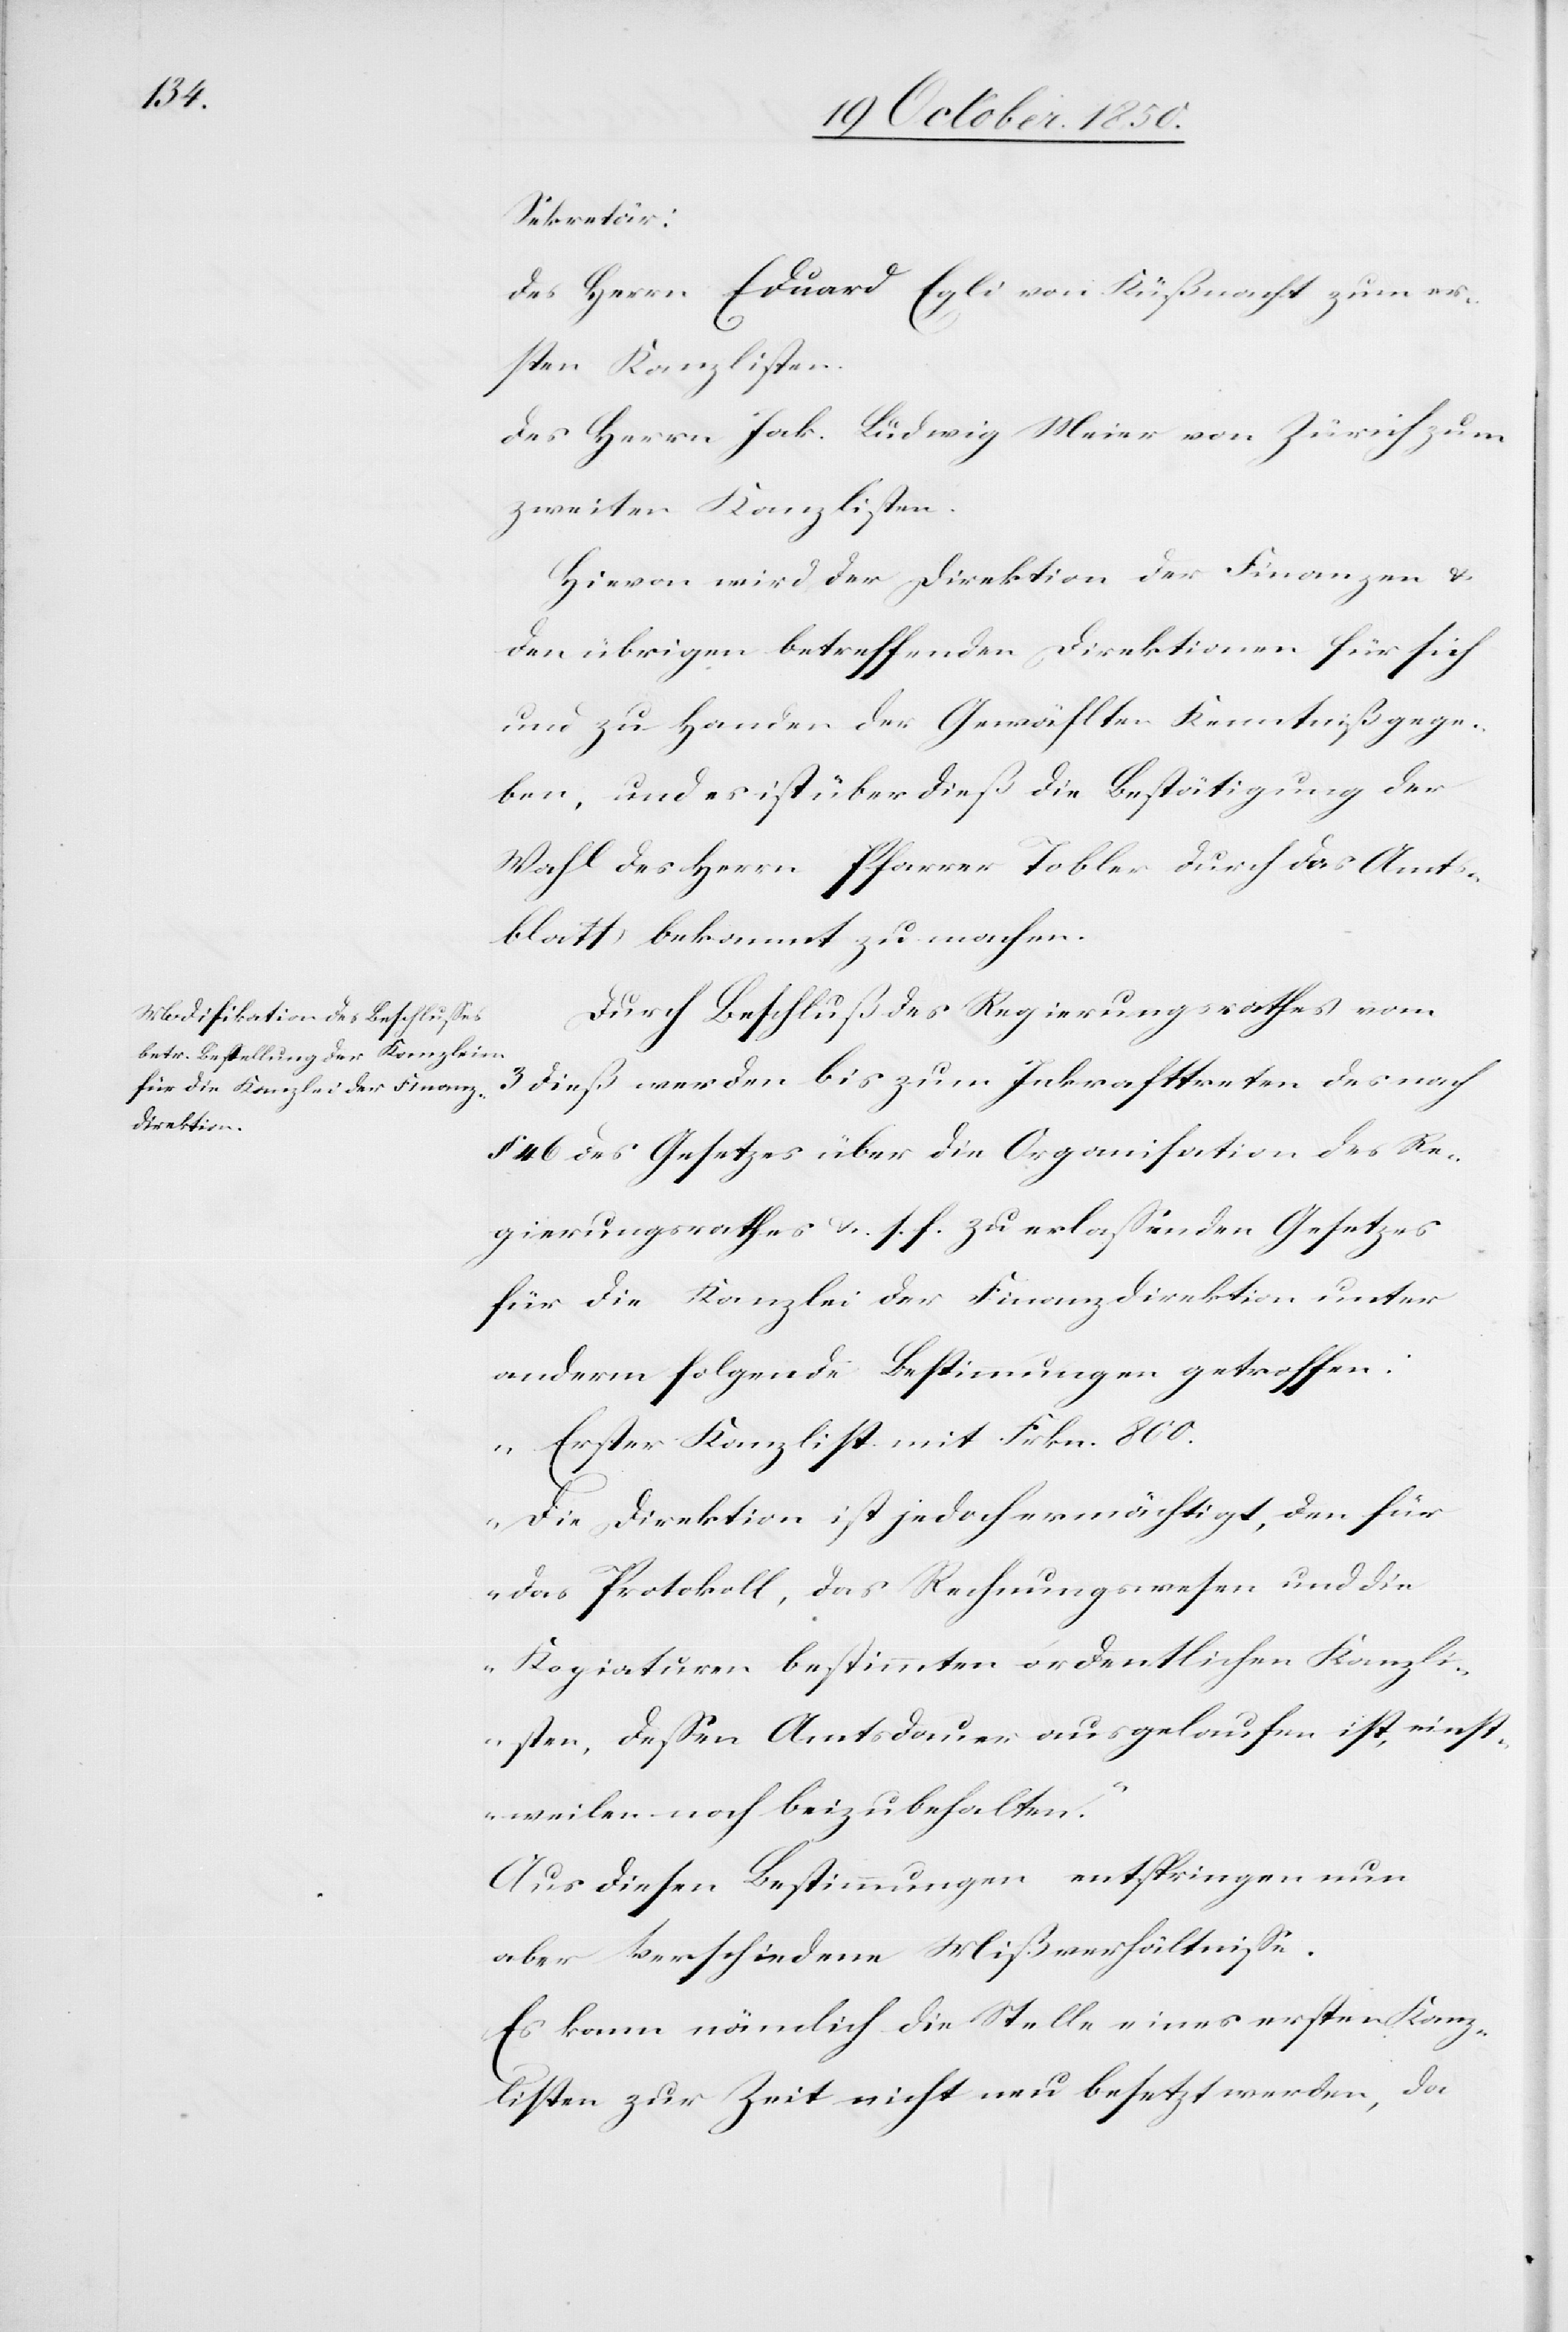
Sekretär:
Des Herrn Eduard Egli von Küßnacht zum er¬
sten Kanzlisten.
Des Herrn Jak. Ludwig Meier von Zürich zum
zweiten Kanzlisten.
Hievon wird der Direktion der Finanzen &
den übrigen betreffenden Direktionen für sich
und zu Handen des Gewählten Kenntniß gege¬
ben, und es ist überdieß die Bestätigung der
Wahl des Herrn Pfarrer Tobler durch das Amts¬
blatt bekannt zu machen.
Durch Beschluß des Regierungsrathes vom
3 dieß werden bis zum Inkrafttreten des nach
§ 46 des Gesetzes über die Organisation des Re¬
gierungsrathes u. s. f. zu erlassenden Gesetzes
für die Kanzlei der Finanzdirektion unter
anderm folgende Bestimmungen getroffen:
„Erster Kanzlist mit Frkn. 800.
Die Direktion ist jedoch ermächtigt, den für
das Protokoll, das Rechnungswesen und die
Kopiaturen bestimmten ordentlichen Kanzli¬
sten, dessen Amtsdauer ausgelaufen ist, einst¬
weilen noch beizubehalten.“
Aus diesen Bestimmungen entspringen nun
aber verschiedene Mißverhältnisse.
Es kann nämlich die Stelle eines ersten Kanz¬
listen zur Zeit nicht neu besetzt werden, da